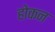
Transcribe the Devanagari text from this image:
होकन